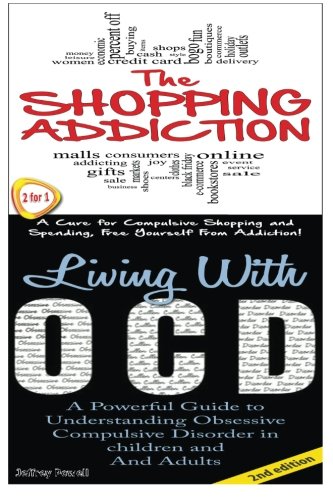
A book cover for The Shopping Addiction & Living With OCD (Human Behaviour Box Set) (Volume 8); Jeffrey Powell; Health, Fitness & Dieting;